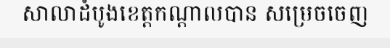
សាលាដំបូងខេត្តកណ្តាលបាន សម្រេចចេញ